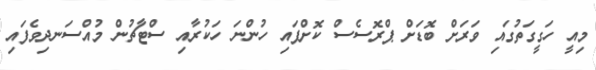
މިއީ ހަގީގަތުގައި ވަރަށް ބޮޑަށް ޕްރޮސެސް ކޮށްފައި ހުންނަ ހަކުރާއި ސްޓާޗުން މުއްސަނދިވެފައި